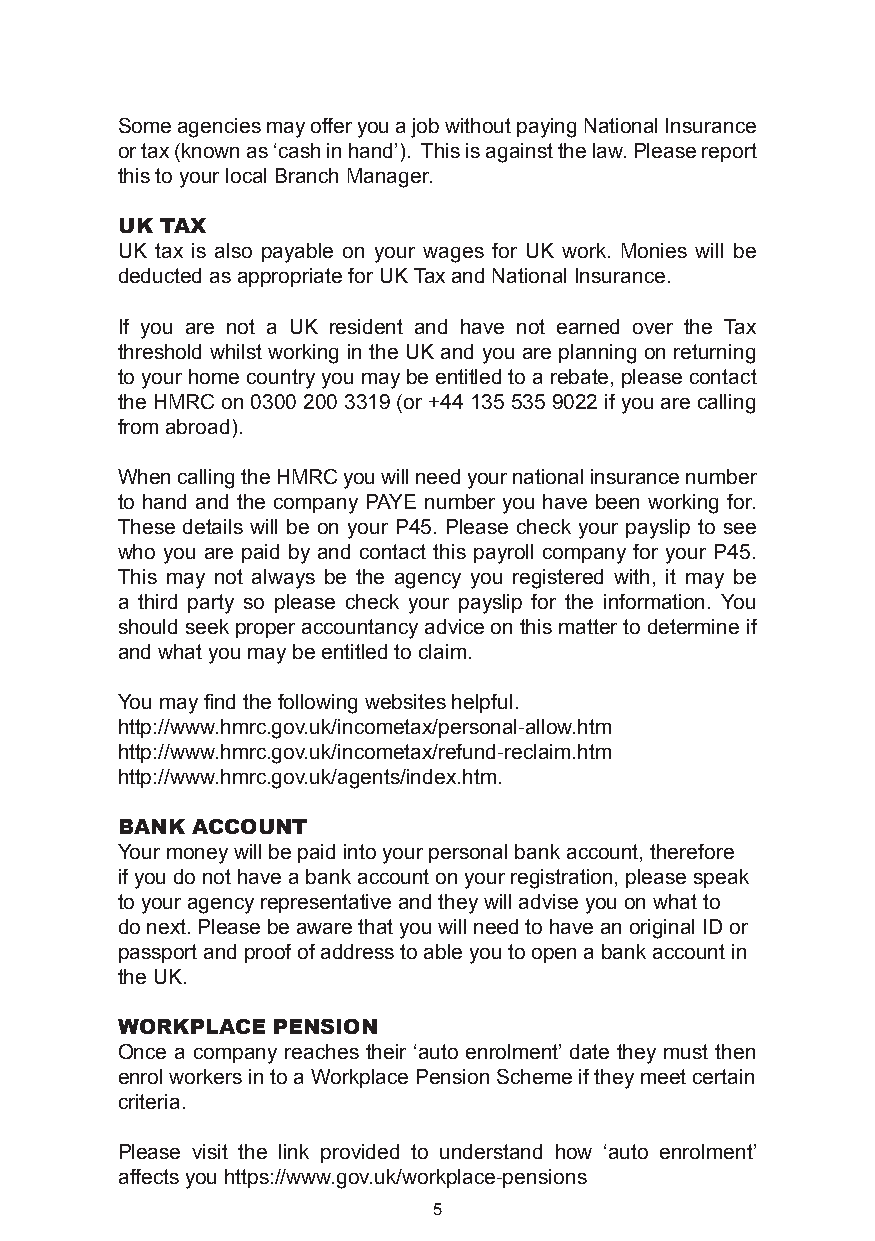
Some agencies may offer you a job without paying National Insurance
 or tax (known as ‘cash in hand’). This is against the law. Please report
 this to your local Branch Manager.
 uK tax
 UK tax is also payable on your wages for UK work. Monies will be
 deducted as appropriate for UK Tax and National Insurance.
 If you are not a UK resident and have not earned over the Tax
 threshold whilst working in the UK and you are planning on returning
 to your home country you may be entitled to a rebate, please contact
 the HMRC on 0300 200 3319 (or +44 135 535 9022 if you are calling
 from abroad).
 When calling the HMRC you will need your national insurance number
 to hand and the company PAYE number you have been working for.
 These details will be on your P45. Please check your payslip to see
 who you are paid by and contact this payroll company for your P45.
 This may not always be the agency you registered with, it may be
 a third party so please check your payslip for the information. You
 should seek proper accountancy advice on this matter to determine if
 and what you may be entitled to claim.
 You may find the following websites helpful.
 http://www.hmrc.gov.uk/incometax/personal-allow.htm
 http://www.hmrc.gov.uk/incometax/refund-reclaim.htm
 http://www.hmrc.gov.uk/agents/index.htm.
 banK aCCount
 Your money will be paid into your personal bank account, therefore
 if you do not have a bank account on your registration, please speak
 to your agency representative and they will advise you on what to
 do next. Please be aware that you will need to have an original ID or
 passport and proof of address to able you to open a bank account in
 the UK.
 WorKPlaCe PensIon
 Once a company reaches their ‘auto enrolment’ date they must then
 enrol workers in to a Workplace Pension Scheme if they meet certain
 criteria.
 Please visit the link provided to understand how ‘auto enrolment’
 affects you https://www.gov.uk/workplace-pensions
 5